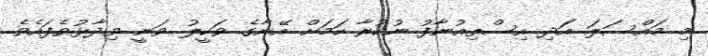
މި މައްސަލަ އަދި އިސްތިއުނާފު ނުކުރާ ކަމަށް އޭނާގެ ވަކީލު ވަނީ ވިދާޅުވެފައެވެ.